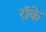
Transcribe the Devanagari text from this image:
रॉके